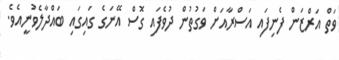
ވަތް އަރްޒަން ފެނިފައި އަސްރާއަށް ވަގުތުން ދުވެފައި ގޮސް އޭނަގެ ގައިގައި ބައްދާލެވުނީއެވެ.